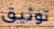
توثيق